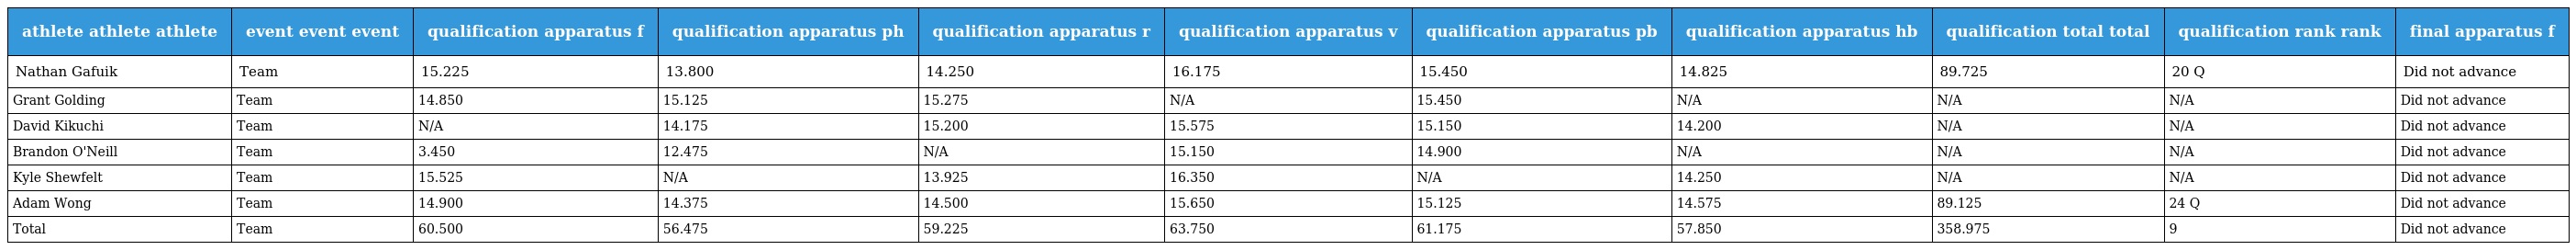
| athlete athlete athlete | event event event | qualification apparatus f | qualification apparatus ph | qualification apparatus r | qualification apparatus v | qualification apparatus pb | qualification apparatus hb | qualification total total | qualification rank rank | final apparatus f |
 | --- | --- | --- | --- | --- | --- | --- | --- | --- | --- | --- |
 | Nathan Gafuik | Team | 15.225 | 13.800 | 14.250 | 16.175 | 15.450 | 14.825 | 89.725 | 20 Q | Did not advance |
 | Grant Golding | Team | 14.850 | 15.125 | 15.275 | N/A | 15.450 | N/A | N/A | N/A | Did not advance |
 | David Kikuchi | Team | N/A | 14.175 | 15.200 | 15.575 | 15.150 | 14.200 | N/A | N/A | Did not advance |
 | Brandon O'Neill | Team | 3.450 | 12.475 | N/A | 15.150 | 14.900 | N/A | N/A | N/A | Did not advance |
 | Kyle Shewfelt | Team | 15.525 | N/A | 13.925 | 16.350 | N/A | 14.250 | N/A | N/A | Did not advance |
 | Adam Wong | Team | 14.900 | 14.375 | 14.500 | 15.650 | 15.125 | 14.575 | 89.125 | 24 Q | Did not advance |
 | Total | Team | 60.500 | 56.475 | 59.225 | 63.750 | 61.175 | 57.850 | 358.975 | 9 | Did not advance |